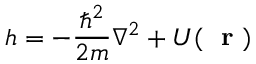
h = - \frac { \hbar ^ { 2 } } { 2 m } \nabla ^ { 2 } + U ( \mathrm { ~ \bf ~ r ~ } )